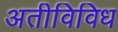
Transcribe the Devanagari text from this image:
अतीविविध